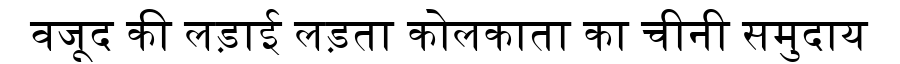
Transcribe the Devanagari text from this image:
वजूद की लड़ाई लड़ता कोलकाता का चीनी समुदाय